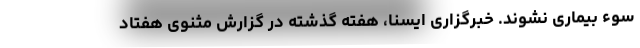
سوء بیماری نشوند. خبرگزاری ایسنا، هفته گذشته در گزارش مثنوی هفتاد